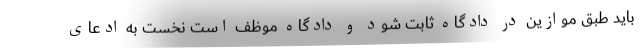
باید طبق موازین در دادگاه ثابت شود و دادگاه موظف است نخست به ادعای